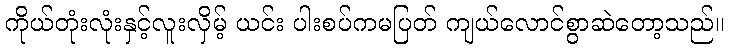
ကိုယ်တုံးလုံးနှင့်လူးလှိမ့် ယင်း ပါးစပ်ကမပြတ် ကျယ်လောင်စွာဆဲတော့သည်။